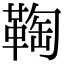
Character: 𩋃